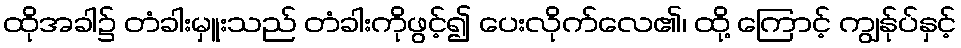
ထိုအခါ၌ တံခါးမှူးသည် တံခါးကိုဖွင့်၍ ပေးလိုက်လေ၏၊ ထို့ ကြောင့် ကျွန်ုပ်နှင့်